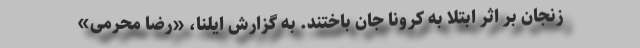
زنجان بر اثر ابتلا به کرونا جان باختند. به گزارش ایلنا، «رضا محرمی»